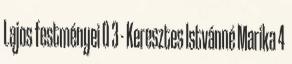
Lajos festményei 0 3 - Keresztes Istvánné Marika 4